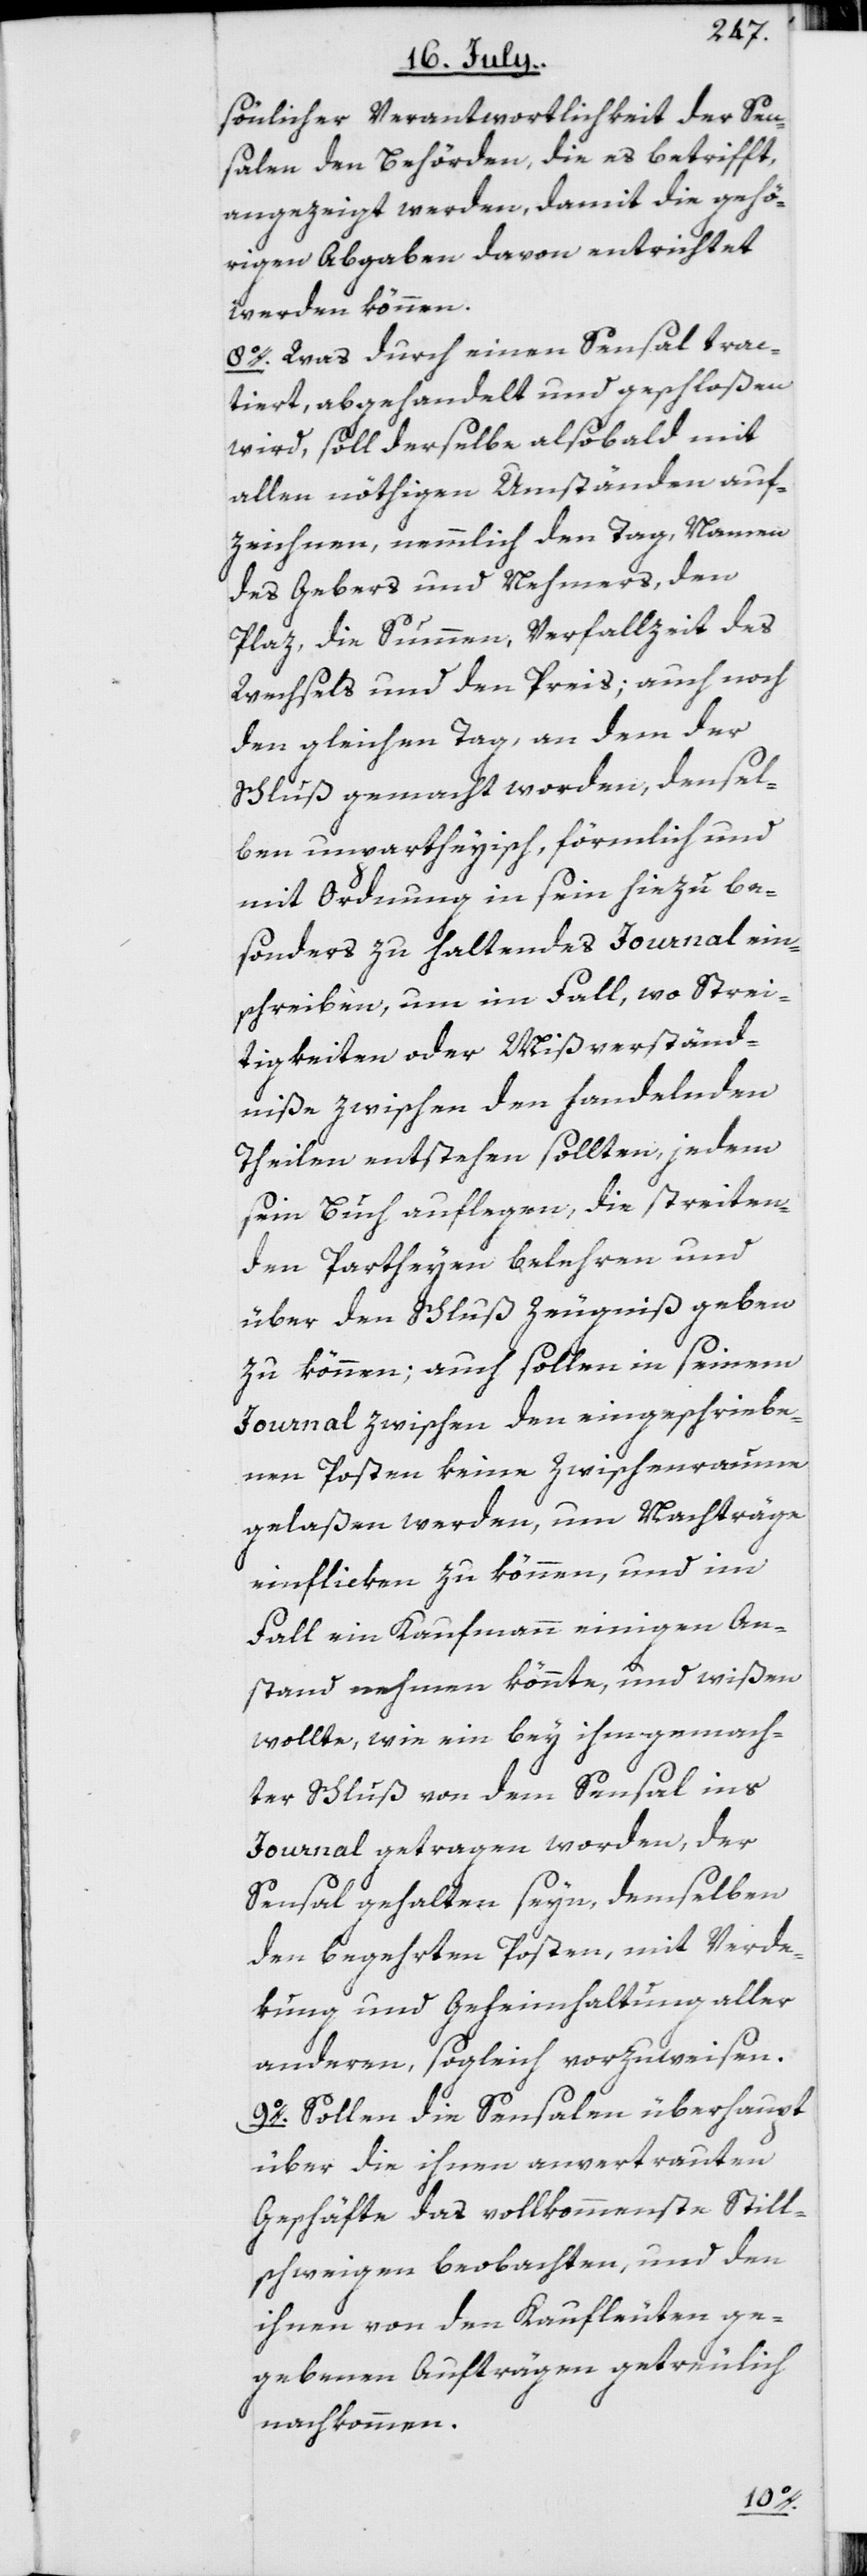
sönlicher Verantwortlichkeit der Sen¬
salen den Behörden, die es betrifft,
angezeigt werden, damit die gehö¬
rigen Abgaben davon entrichtet
werden können.
8o. Was durch einen Sensal trac¬
tiert, abgehandelt und geschloßen
wird, soll derselbe alsobald mit
allen nöthigen Umständen auf¬
zeichnen, nemmlich den Tag, Namen
des Gebers und Nehmers, den
Plaz, die Summen, Verfallzeit des
Wechsels und den Preis; auch noch
den gleichen Tag, an dem der
Schluß gemacht worden, densel¬
ben unpartheyisch, förmlich und
mit Ordnung in sein hiezu be¬
sonders zu haltendes Journal ein¬
schreiben, um im Fall, wo Strei¬
tigkeiten oder Mißverständ¬
niße zwischen den handelnden
Theilen entstehen sollten, jedem
sein Buch auflegen, die streiten¬
den Partheyen belehren und
über den Schluß Zeugniß geben
zu können; auch sollen in seinem
Journal zwischen den eingeschriebe¬
nen Posten keine Zwischenraume
gelaßen werden, um Nachträge
einflicken zu können, und im
Fall ein Kaufmann einigen An¬
stand nehmen könnte, und wißen
wollte, wie ein bey ihm gemach¬
ter Schluß von dem Sensal ins
Journal getragen worden, der
Sensal gehalten seyn, demselben
den begehrten Posten, mit Verde¬
kung und Geheimhaltung aller
anderen, sogleich vorzuweisen.
9o. Sollen die Sensalen überhaupt
über die ihnen anvertrauten
Geschäfte das vollkommenste Still¬
schweigen beobachten, und den
ihnen von den Kaufleuten ge¬
gebenen Aufträgen getreulich
nachkommen.